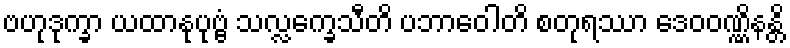
ဗဟုဒုက္ခာ ယထာနုပုဗ္ဗံ သလ္လက္ခေသီတိ ပဘာဝေါတိ စတုရဿာ ဒေဝဝဏ္ဏိနန္တိ